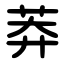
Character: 莽